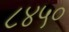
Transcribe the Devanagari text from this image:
८४५०